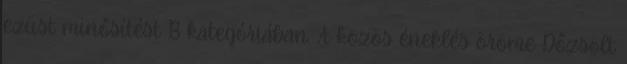
ezüst minősítést B kategóriában. A közös éneklés öröme Dőzsölt